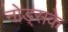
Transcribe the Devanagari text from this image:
नोड्सके